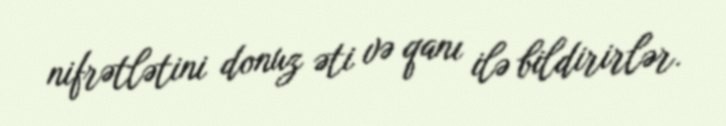
nifrətlətini donuz əti və qanı ilə bildirirlər.